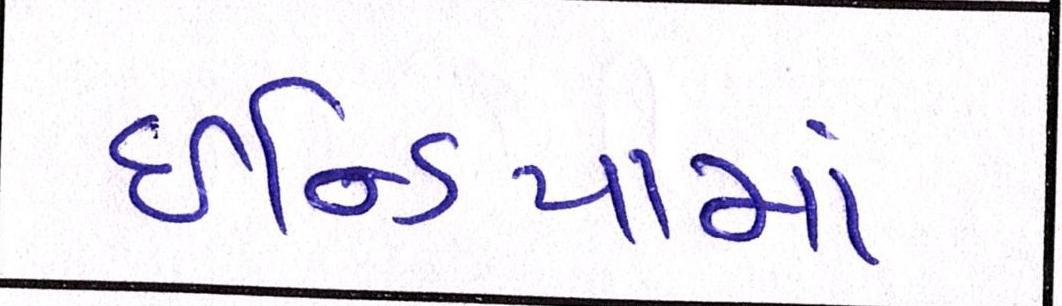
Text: ઇન્ડિયામાં